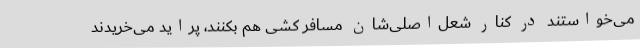
می‌خواستند در کنار شعل‌اصلی‌شان مسافر کشی هم بکنند، پراید می‌خریدند